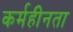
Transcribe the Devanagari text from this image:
कर्महीनता